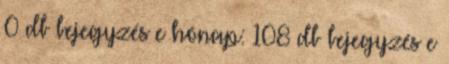
0 db bejegyzés e hónap: 108 db bejegyzés e